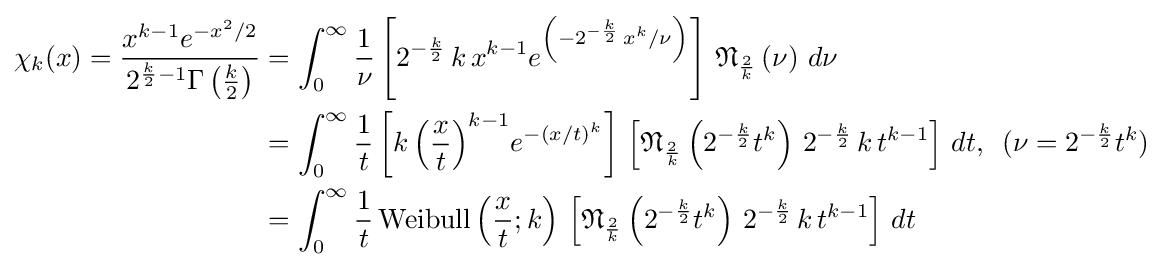
{\begin{aligned}\chi _{k}(x)={\frac {x^{k-1}e^{-x^{2}/2}}{2^{{\frac {k}{2}}-1}\Gamma \left({\frac {k}{2}}\right)}}&=\displaystyle \int _{0}^{\infty }{\frac {1}{\nu }}\left[2^{-{\frac {k}{2}}}\,k\,x^{k-1}e^{\left(-2^{-{\frac {k}{2}}}\,{x^{k}}/{\nu }\right)}\right]\,{\mathfrak {N}}_{\frac {2}{k}}\left(\nu \right)\,d\nu \\&=\displaystyle \int _{0}^{\infty }{\frac {1}{t}}\left[k\,{\left({\frac {x}{t}}\right)}^{k-1}e^{-{\left(x/t\right)}^{k}}\right]\,\left[{\mathfrak {N}}_{\frac {2}{k}}\left(2^{-{\frac {k}{2}}}t^{k}\right)\,2^{-{\frac {k}{2}}}\,k\,t^{k-1}\right]\,dt,\,\,\,(\nu =2^{-{\frac {k}{2}}}t^{k})\\&=\displaystyle \int _{0}^{\infty }{\frac {1}{t}}\,{\text{Weibull}}\left({\frac {x}{t}};k\right)\,\left[{\mathfrak {N}}_{\frac {2}{k}}\left(2^{-{\frac {k}{2}}}t^{k}\right)\,2^{-{\frac {k}{2}}}\,k\,t^{k-1}\right]\,dt\end{aligned}}